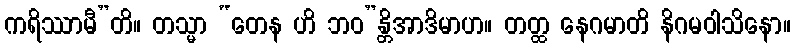
ကရိဿာမီ”တိ။ တသ္မာ “တေန ဟိ ဘဝ”န္တိအာဒိမာဟ။ တတ္ထ နေဂမာတိ နိဂမဝါသိနော။